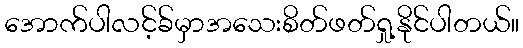
အောက်ပါလင့်ခ်မှာအသေးစိတ်ဖတ်ရှု့နိုင်ပါတယ်။